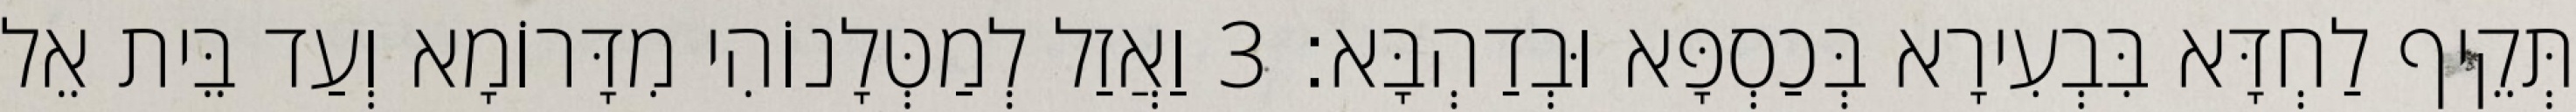
תְּקֵיף לַחְדָּא בִּבְעִירָא בְּכַסְפָּא וּבְדַהְבָּא׃ 3 וַאֲזַל לְמַטְּלָנוֹהִי מִדָּרוֹמָא וְעַד בֵּית אֵל